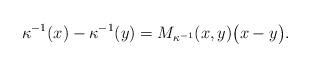
LaTeX: \begin{align*} \kappa^{-1}(x)-\kappa^{-1}(y)=M_{\kappa^{-1}}(x,y)\big(x-y\big).\end{align*}